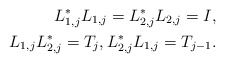
\begin{align*} L_{1,j}^*L_{1,j} = L_{2,j}^*L_{2,j} = I,\\ L_{1,j}L_{2,j}^* = T_j,L_{2,j}^*L_{1,j} = T_{j-1}.\end{align*}